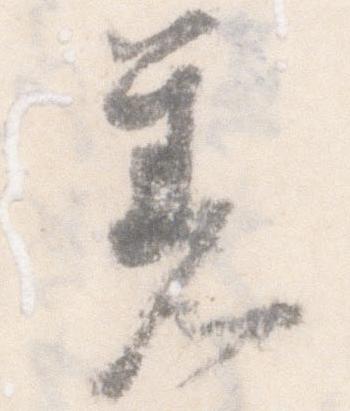
着